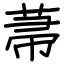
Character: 菷